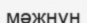
мәжнүн